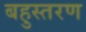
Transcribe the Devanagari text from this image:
बहुस्तरण